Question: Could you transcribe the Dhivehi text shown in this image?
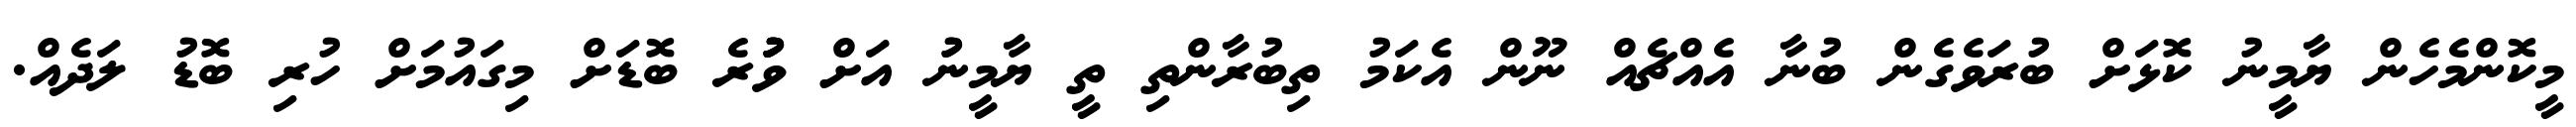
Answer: މީކޮންމެހެން ޔާމީނު ކޮޅަށް ބުރަވެގެން ބުނާ އެއްޗެއް ނޫން އެކަމު ތިބުރާންތި ތީ ޔާމީނުު އަށް ވުުުރެ ބޮޑަށް މިގައުމަށް ހުރި ބޮޑު ލަދެއް.